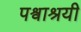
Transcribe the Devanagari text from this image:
पश्वाश्रयी